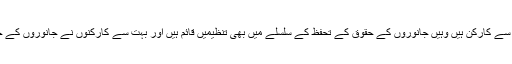
جہاں انسانی حقوق کی بہت سی تنظیمیں ہیں اور بہت سے کارکن ہیں وہیں جانوروں کے حقوق کے تحفظ کے سلسلے میں بھی تنظیمیں قائم ہیں اور بہت سے کارکنوں نے جانوروں کے حقوق کی حفاظت کے لیے خود کو وقف کر رکھا ہے۔